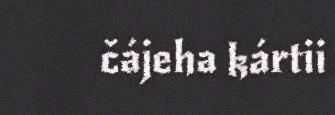
čájeha kártii